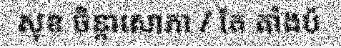
សុខ ចិន្តាសោភា / តែ តាំងប៉